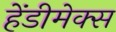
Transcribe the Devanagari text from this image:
हेंडीमेक्स